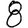
Digit: 8